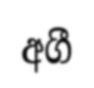
අගී